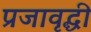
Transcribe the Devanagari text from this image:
प्रजावृद्धी